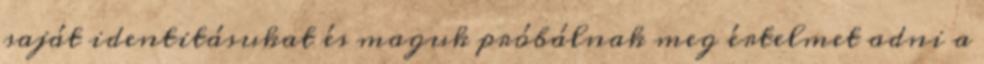
saját identitásukat és maguk próbálnak meg értelmet adni a